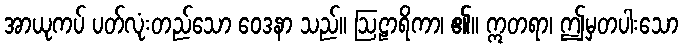
အာယုကပ် ပတ်လုံးတည်သော ဝေဒနာ သည်။ ဩဠာရိကာ၊ ၏။ ဣတရာ၊ ဤမှတပါးသော